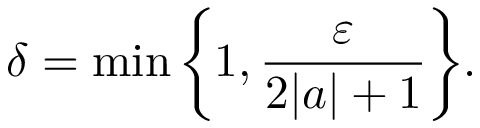
\delta = \operatorname* { m i n } { \left\{ 1 , { \frac { \varepsilon } { 2 | a | + 1 } } \right\} } .